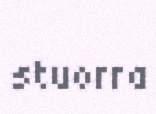
stuorra